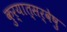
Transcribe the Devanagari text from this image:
कुर्यात्सर्वेषु